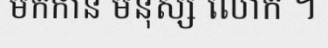
មកកាន មនុស្ស លោក ។